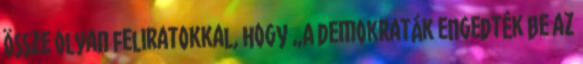
össze olyan feliratokkal, hogy „A demokraták engedték be az